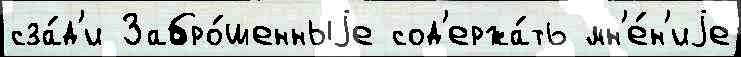
сза́д'и Забро́шенныjе сод'ержа́ть мн'е́н'иjе